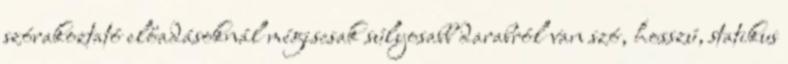
szórakoztató előadásoknál mégiscsak súlyosabb darabról van szó, hosszú, statikus